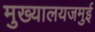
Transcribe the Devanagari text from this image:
मुख्यालयजमुई